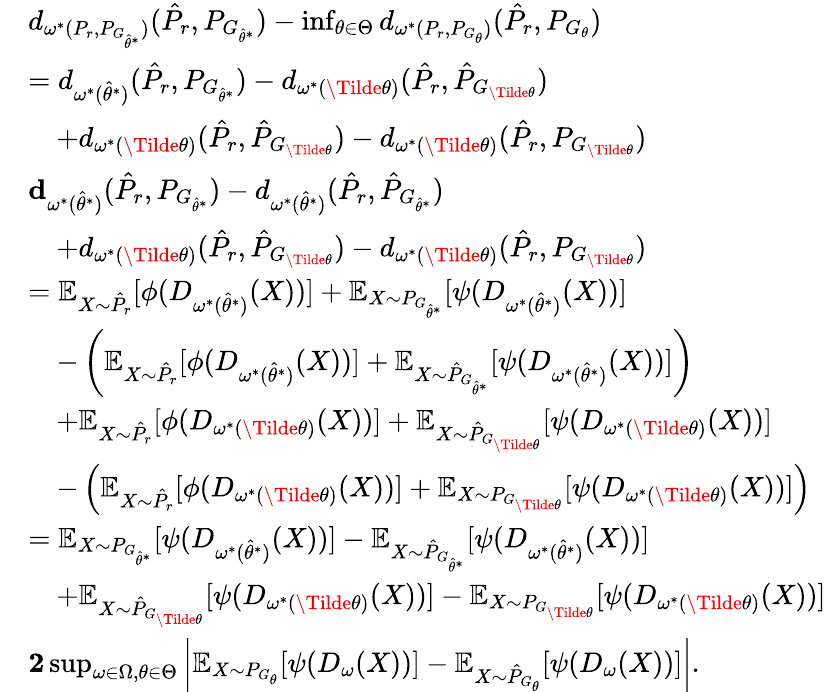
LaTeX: \begin{array}{rl}&{d_{\omega^{*}(P_{r},P_{G_{\hat{\theta}^{*}}})}(\hat{P}_{r},{P}_{G_{\hat{\theta}^{*}}})-\operatorname*{inf}_{\theta\in\Theta}d_{\omega^{*}(P_{r},P_{G_{\theta}})}(\hat{P}_{r},P_{G_{\theta}})}\\ &{=d_{\omega^{*}(\hat{\theta}^{*})}(\hat{P}_{r},{P}_{G_{\hat{\theta}^{*}}})-d_{\omega^{*}({\Tilde{\theta}})}(\hat{P}_{r},\hat{P}_{G_{\Tilde{\theta}}})}\\ &{\quad+d_{\omega^{*}({\Tilde{\theta}})}(\hat{P}_{r},\hat{P}_{G_{\Tilde{\theta}}})-d_{\omega^{*}(\Tilde{\theta})}(\hat{P}_{r},P_{G_{\Tilde{\theta}}})}\\ &{\le d_{\omega^{*}(\hat{\theta}^{*})}(\hat{P}_{r},{P}_{G_{\hat{\theta}^{*}}})-d_{\omega^{*}({\hat{\theta}^{*}})}(\hat{P}_{r},\hat{P}_{G_{\hat{\theta}^{*}}})}\\ &{\quad+d_{\omega^{*}({\Tilde{\theta}})}(\hat{P}_{r},\hat{P}_{G_{\Tilde{\theta}}})-d_{\omega^{*}(\Tilde{\theta})}(\hat{P}_{r},P_{G_{\Tilde{\theta}}})}\\ &{=\mathbb{E}_{X\sim\hat{P}_{r}}[\phi(D_{\omega^{*}(\hat{\theta}^{*})}(X))]+\mathbb{E}_{X\sim P_{G_{\hat{\theta}^{*}}}}[\psi(D_{\omega^{*}(\hat{\theta}^{*})}(X))]}\\ &{\quad-\left(\mathbb{E}_{X\sim\hat{P}_{r}}[\phi(D_{\omega^{*}(\hat{\theta}^{*})}(X))]+\mathbb{E}_{X\sim\hat{P}_{G_{\hat{\theta}^{*}}}}[\psi(D_{\omega^{*}(\hat{\theta}^{*})}(X))]\right)}\\ &{\quad+\mathbb{E}_{X\sim\hat{P}_{r}}[\phi(D_{\omega^{*}(\Tilde{\theta})}(X))]+\mathbb{E}_{X\sim\hat{P}_{G_{\Tilde{\theta}}}}[\psi(D_{\omega^{*}(\Tilde{\theta})}(X))]}\\ &{\quad-\left(\mathbb{E}_{X\sim\hat{P}_{r}}[\phi(D_{\omega^{*}(\Tilde{\theta})}(X))]+\mathbb{E}_{X\sim{P}_{G_{\Tilde{\theta}}}}[\psi(D_{\omega^{*}(\Tilde{\theta})}(X))]\right)}\\ &{=\mathbb{E}_{X\sim P_{G_{\hat{\theta}^{*}}}}[\psi(D_{\omega^{*}(\hat{\theta}^{*})}(X))]-\mathbb{E}_{X\sim\hat{P}_{G_{\hat{\theta}^{*}}}}[\psi(D_{\omega^{*}(\hat{\theta}^{*})}(X))]}\\ &{\quad+\mathbb{E}_{X\sim\hat{P}_{G_{\Tilde{\theta}}}}[\psi(D_{\omega^{*}(\Tilde{\theta})}(X))]-\mathbb{E}_{X\sim{P}_{G_{\Tilde{\theta}}}}[\psi(D_{\omega^{*}(\Tilde{\theta})}(X))]}\\ &{\le 2\operatorname*{sup}_{\omega\in\Omega,\theta\in\Theta}\left|\mathbb{E}_{X\sim P_{G_{{\theta}}}}[\psi(D_{\omega}(X))]-\mathbb{E}_{X\sim\hat{P}_{G_{{\theta}}}}[\psi(D_{\omega}(X))]\right|.}\end{array}